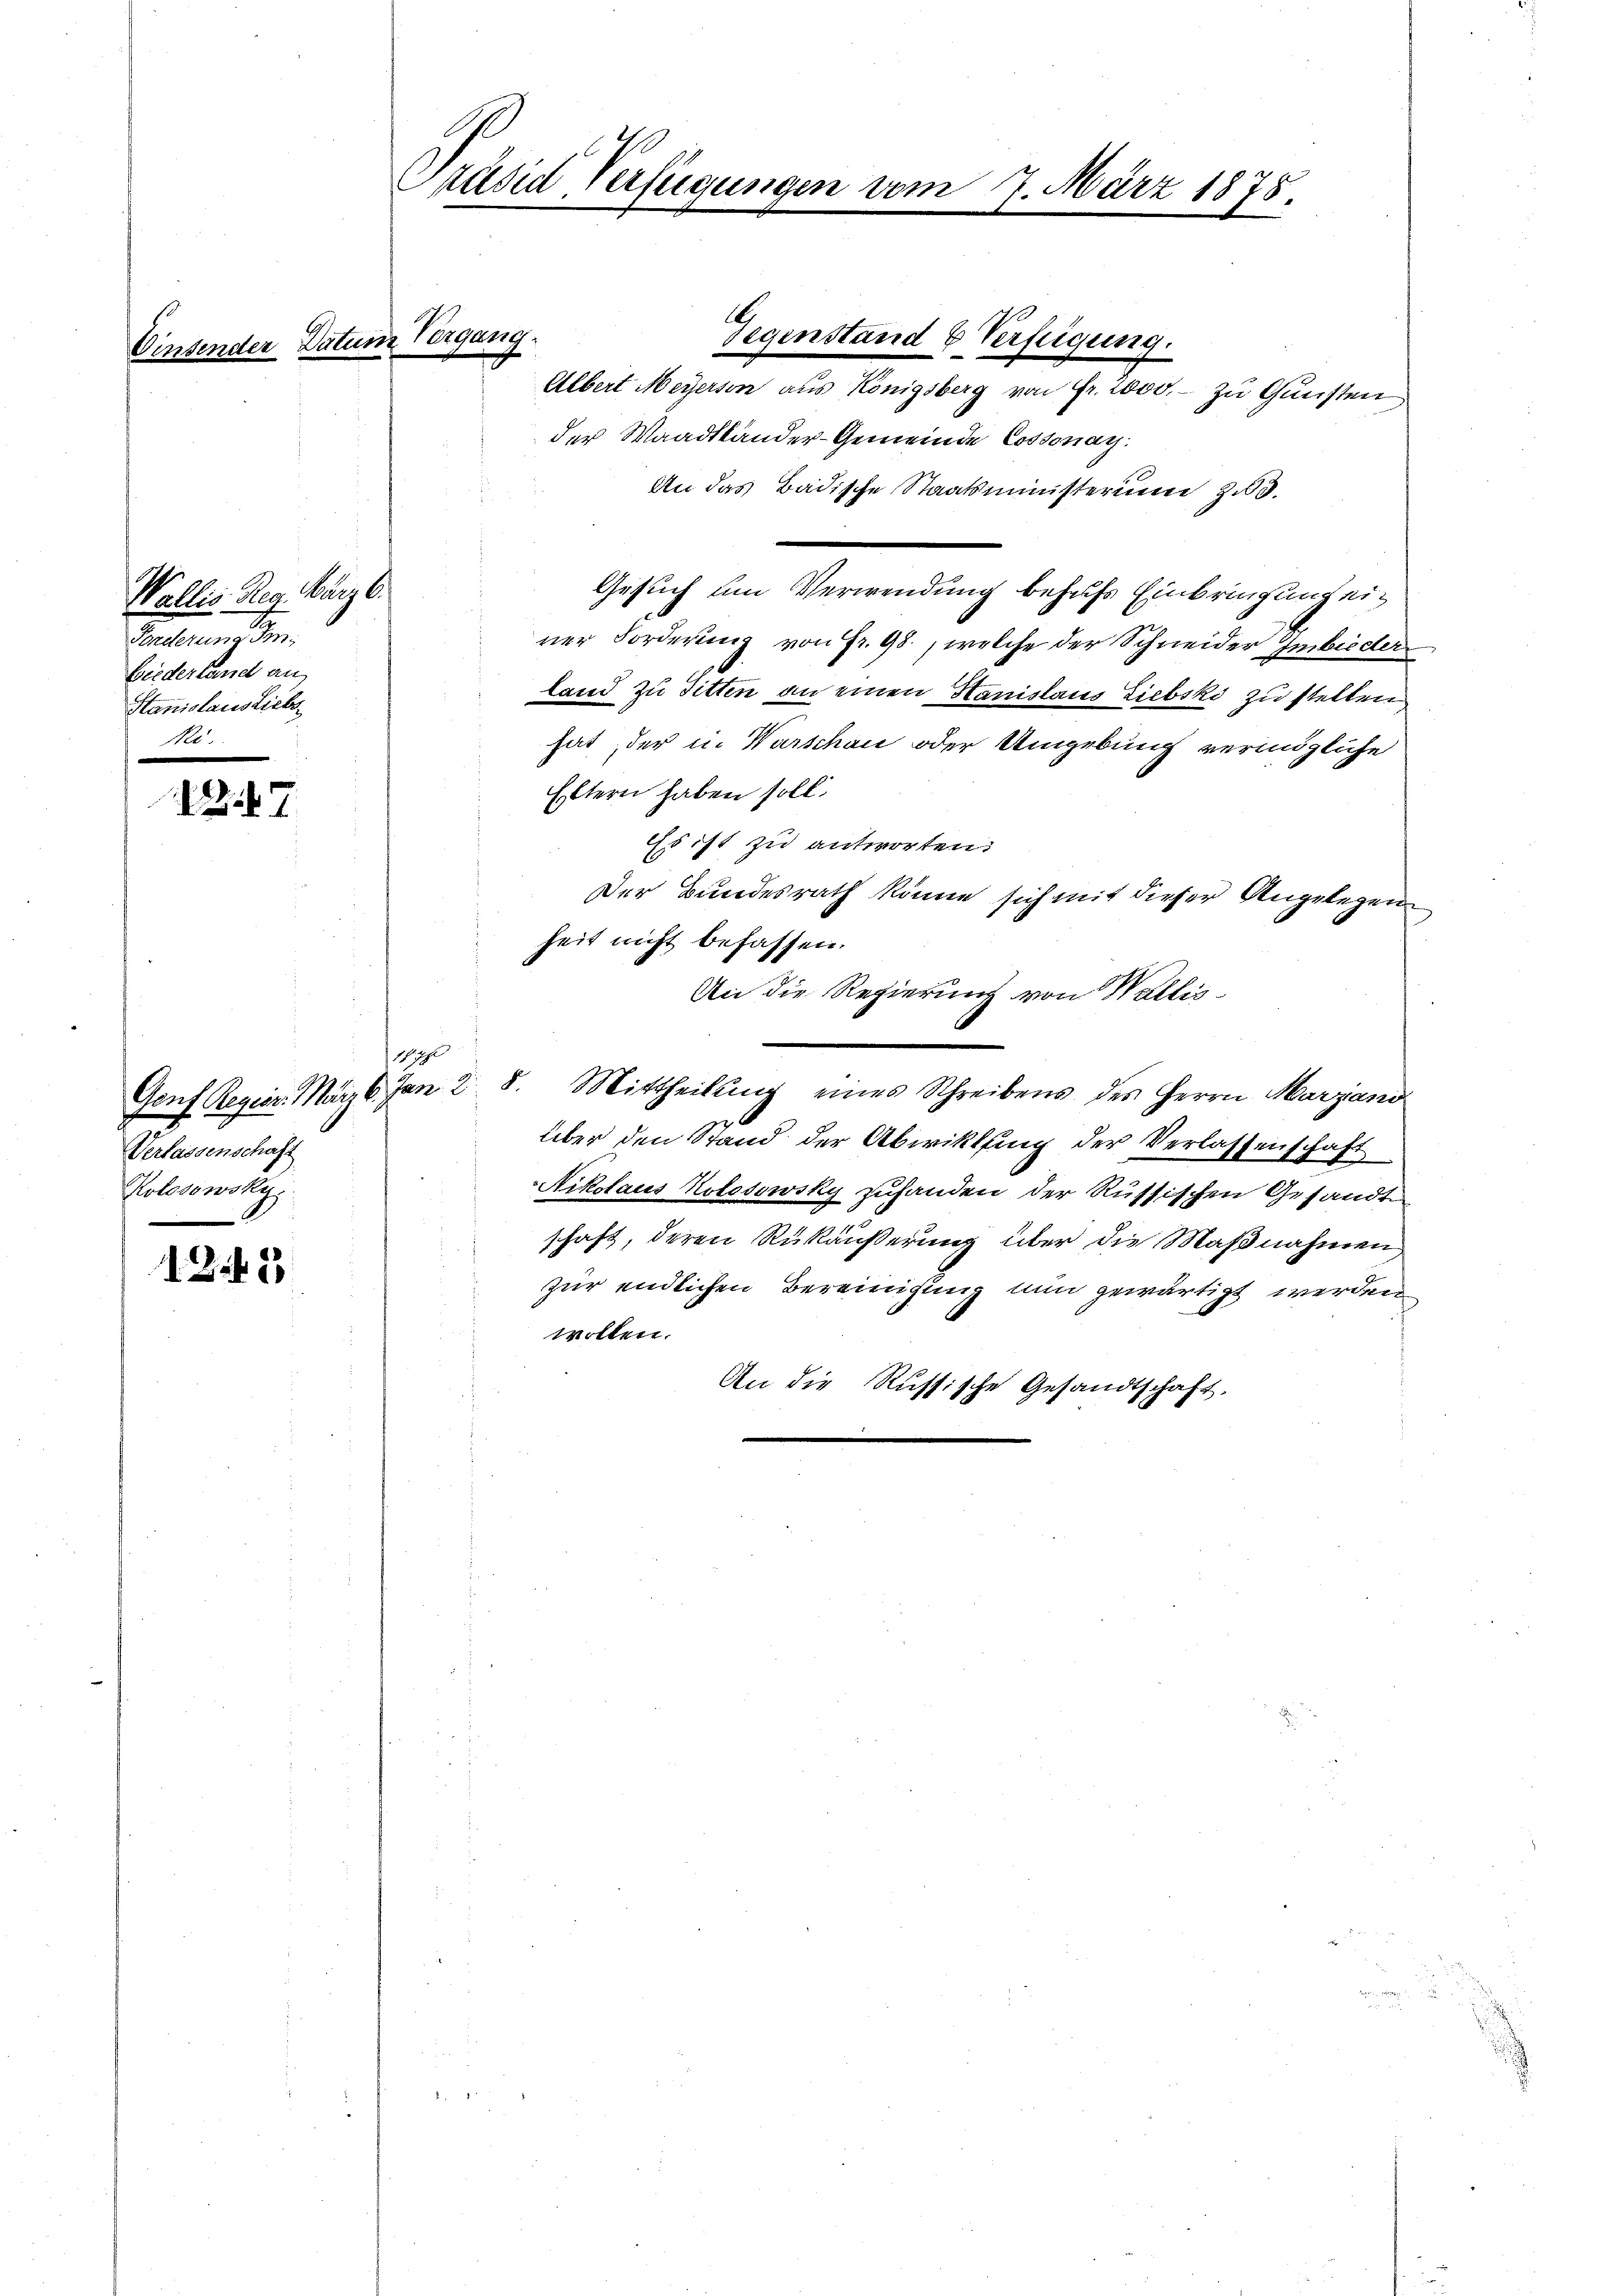
Poppen

7

1245

Präsid Verfügungen vom 7. März 1878.

der Datum Vergang.

Wallis Reg. Barzl.
Vertragen.
Biederland an,
Stanislausliebs

Verlassenschaft
Kolosowskys

segenstand & Verfügung.
Albert Meyerson aus Königsberg von Fr. 2000.- zu Gunsten
der Waadtländer-Gemeinde Cossonay.
An das Badische Staatsministerium 23.
Gesuch um Verwendung behufs Einbringung einer Forderung von Fr. 98, welche der Schneider Imbieder
land zu Titten an einen Hanislaus Liebski zu stellen
hat, der u. Warschau oder Umgebung vermögliche
Eltern haben soll.
Es ist zu antworten.
Der Bundesrath könne sich mit dieser Angelegen
heit nicht befassen.
An die Regierung von Wallis
111
Genf Regier. März 6. Jan 28. Mittheilŭng eines Schreibens des Herrn Marzand
über den Stand der Abwicklung der Verlassenschaft
Nikolaus Kolosowsky zuhanden der Russischen Gesandt
schaft, deren Rükäußerung über die Maßnahmen
zur endlichen Bereinigung nun gewärtigt werden
wollen.
An die Russische Gesandtschaft.

A